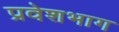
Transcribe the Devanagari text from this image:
प्रवेशभाग